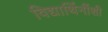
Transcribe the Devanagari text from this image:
विद्यार्थिनींशी